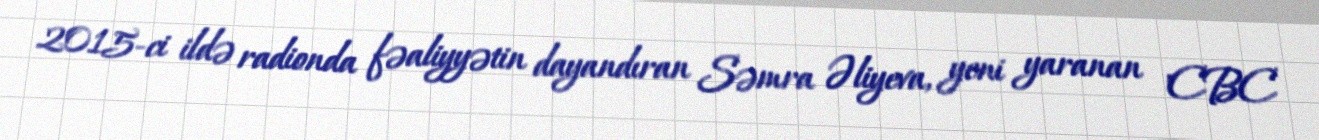
2015-ci ildə radionda fəaliyyətin dayandıran Səmra Əliyeva, yeni yaranan "CBC